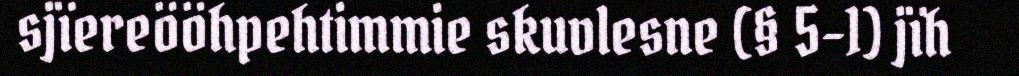
sjïereööhpehtimmie skuvlesne (§ 5-1) jïh